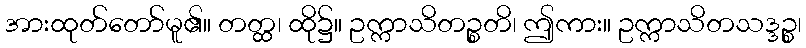
အားထုတ်တော်မူ၏။ တတ္ထ၊ ထို၌။ ဥက္ကာသိတဉ္စတိ၊ ဤကား။ ဥက္ကာသိတသဒ္ဒဉ္စ၊